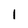
Character: 1